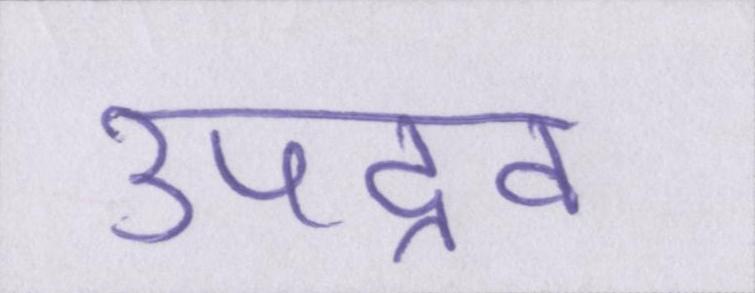
उपद्रव